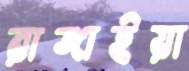
রাঙ্গাইয়া